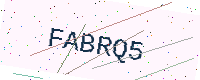
Text: FABRQ5